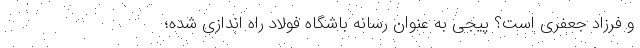
و فرزاد جعفری است؟ پیجی به عنوان رسانه باشگاه فولاد راه اندازی شده؛